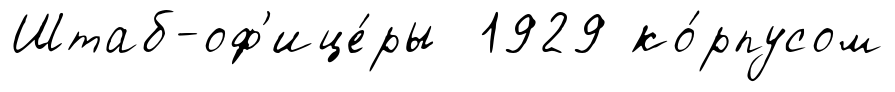
Штаб-оф'ице́ры 1929 ко́рпусом